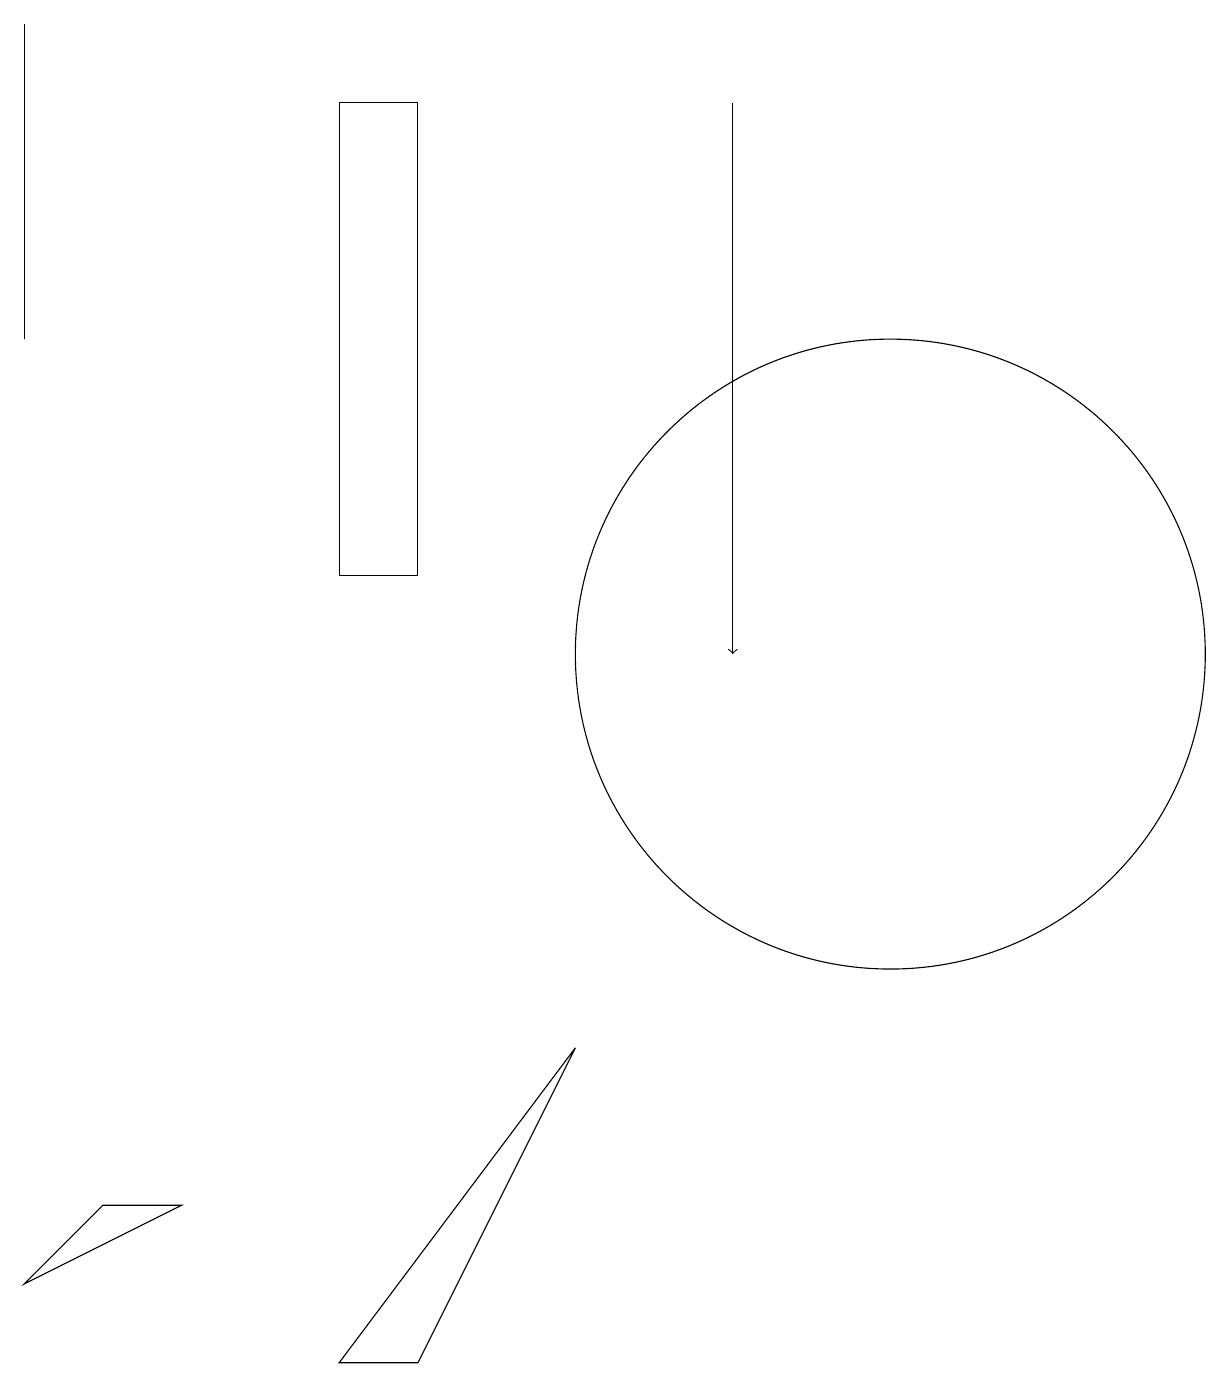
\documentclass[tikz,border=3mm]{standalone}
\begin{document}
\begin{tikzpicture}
\draw (0,3) -- (1,4) -- (2,4) -- cycle;
\draw (11,11) circle (4);
\draw (0,19) rectangle (0,15);
\draw (7,6) -- (4,2) -- (5,2) -- cycle;
\draw (4,18) rectangle (5,12);
\draw[->] (9,18) -- (9,11);
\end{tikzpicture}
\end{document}